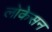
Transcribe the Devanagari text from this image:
लोकेसन